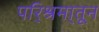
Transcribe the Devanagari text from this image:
परि्श्रमा्तून